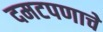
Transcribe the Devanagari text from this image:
दमटपणाचे